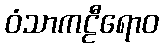
ဝံသာကဠီရောဝ